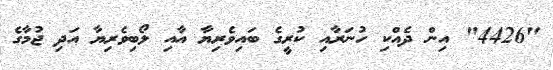
"4426" އިން ދެއްކި ހުނަރާއި ކުރީގެ ބައިވެރިޔާ އާއި ލޯބިވެރިޔާ އަދި ޖުމާގެ